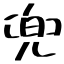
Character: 兜